Plague in India, 1896, 1897 - Volume 3
Year: 1896
Disease focus: Plague
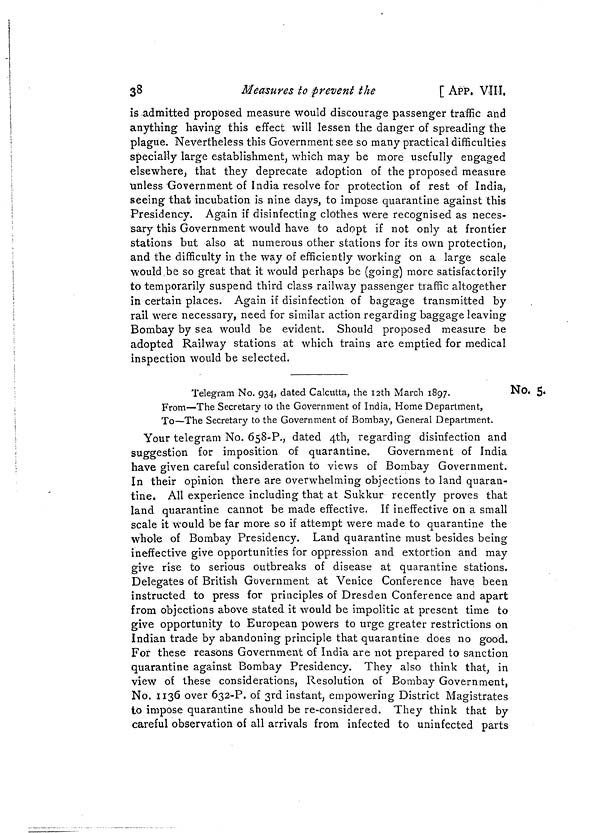
38
Measures to prevent the
[ APP. VIII.
is admitted proposed measure would discourage passenger traffic and
anything having this effect will lessen the danger of spreading the
plague. Nevertheless this Government see so many practical difficulties
specially large establishment, which may be more usefully engaged
elsewhere, that they deprecate adoption of the proposed measure
unless Government of India resolve for protection of rest of India,
seeing that incubation is nine days, to impose quarantine against this
Presidency. Again if disinfecting clothes were recognised as neces-
sary this Government would have to adopt if not only at frontier
stations but also at numerous other stations for its own protection,
and the difficulty in the way of efficiently working on a large scale
would „be so great that it would perhaps be (going) more satisfactorily
to temporarily suspend third class railway passenger traffic altogether
in certain places. Again if disinfection of baggage transmitted by
rail were necessary, need for similar action regarding baggage leaving
Bombay by sea would be evident. Should proposed measure be
adopted Railway stations at which trains are emptied for medical
inspection would be selected.
No. 5.
Telegram No. 934, dated Calcutta, the 12th March 1897.
From—The Secretary to the Government of India, Home Department,
To—The Secretary to the Government of Bombay, General Department.
Your telegram No. 658-P, dated 4th, regarding disinfection and
suggestion for imposition of quarantine. Government of India
have given careful consideration to views of Bombay Government.
In their opinion there are overwhelming objections to land quaran-
tine. All experience including that at Sukkur recently proves that
land quarantine cannot be made effective. If ineffective on a small
scale it would be far more so if attempt were made to quarantine the
whole of Bombay Presidency. Land quarantine must besides being
ineffective give opportunities for oppression and extortion and may
give rise to serious outbreaks of disease at quarantine stations.
Delegates of British Government at Venice Conference have been
instructed to press for principles of Dresden Conference and apart
from objections above stated it would be impolitic at present time to
give opportunity to European powers to urge greater restrictions on
Indian trade by abandoning principle that quarantine does no good.
For these reasons Government of India are not prepared to sanction
quarantine against Bombay Presidency. They also think that, in
view of these considerations, Resolution of Bombay Government,
No. 1136 over 632-P. of 3rd instant, empowering District Magistrates
to impose quarantine should be re-considered. They think that by
careful observation of all arrivals from infected to uninfected parts